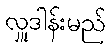
လှူဒါန်းမည်